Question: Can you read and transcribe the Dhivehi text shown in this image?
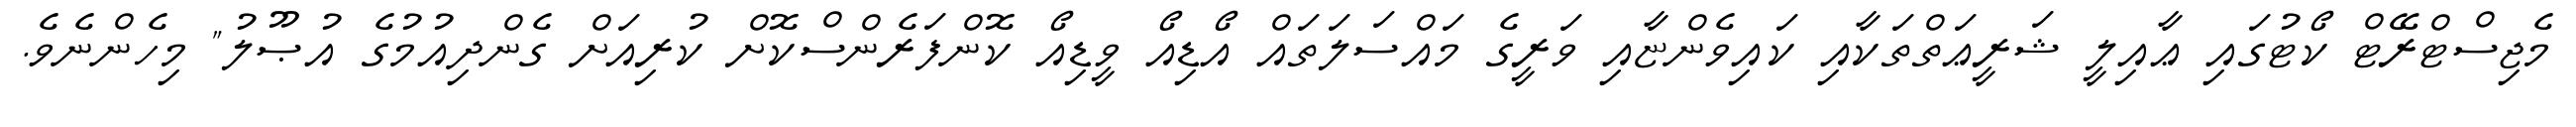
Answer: މެޖިސްޓްރޭޓް ކޯޓުގައި ޢާއިލީ ޝަރީޢަތްތަކާއި ކައިވެންޏާއި ވަރީގެ މައްސަލަތައް އޯޑިއޯ ވީޑިއޯ ކޮންފަރެންސްކޮށް ކުރިއަށް ގެންދިއުމުގެ އުޞޫލު" މިހެންނެވެ.